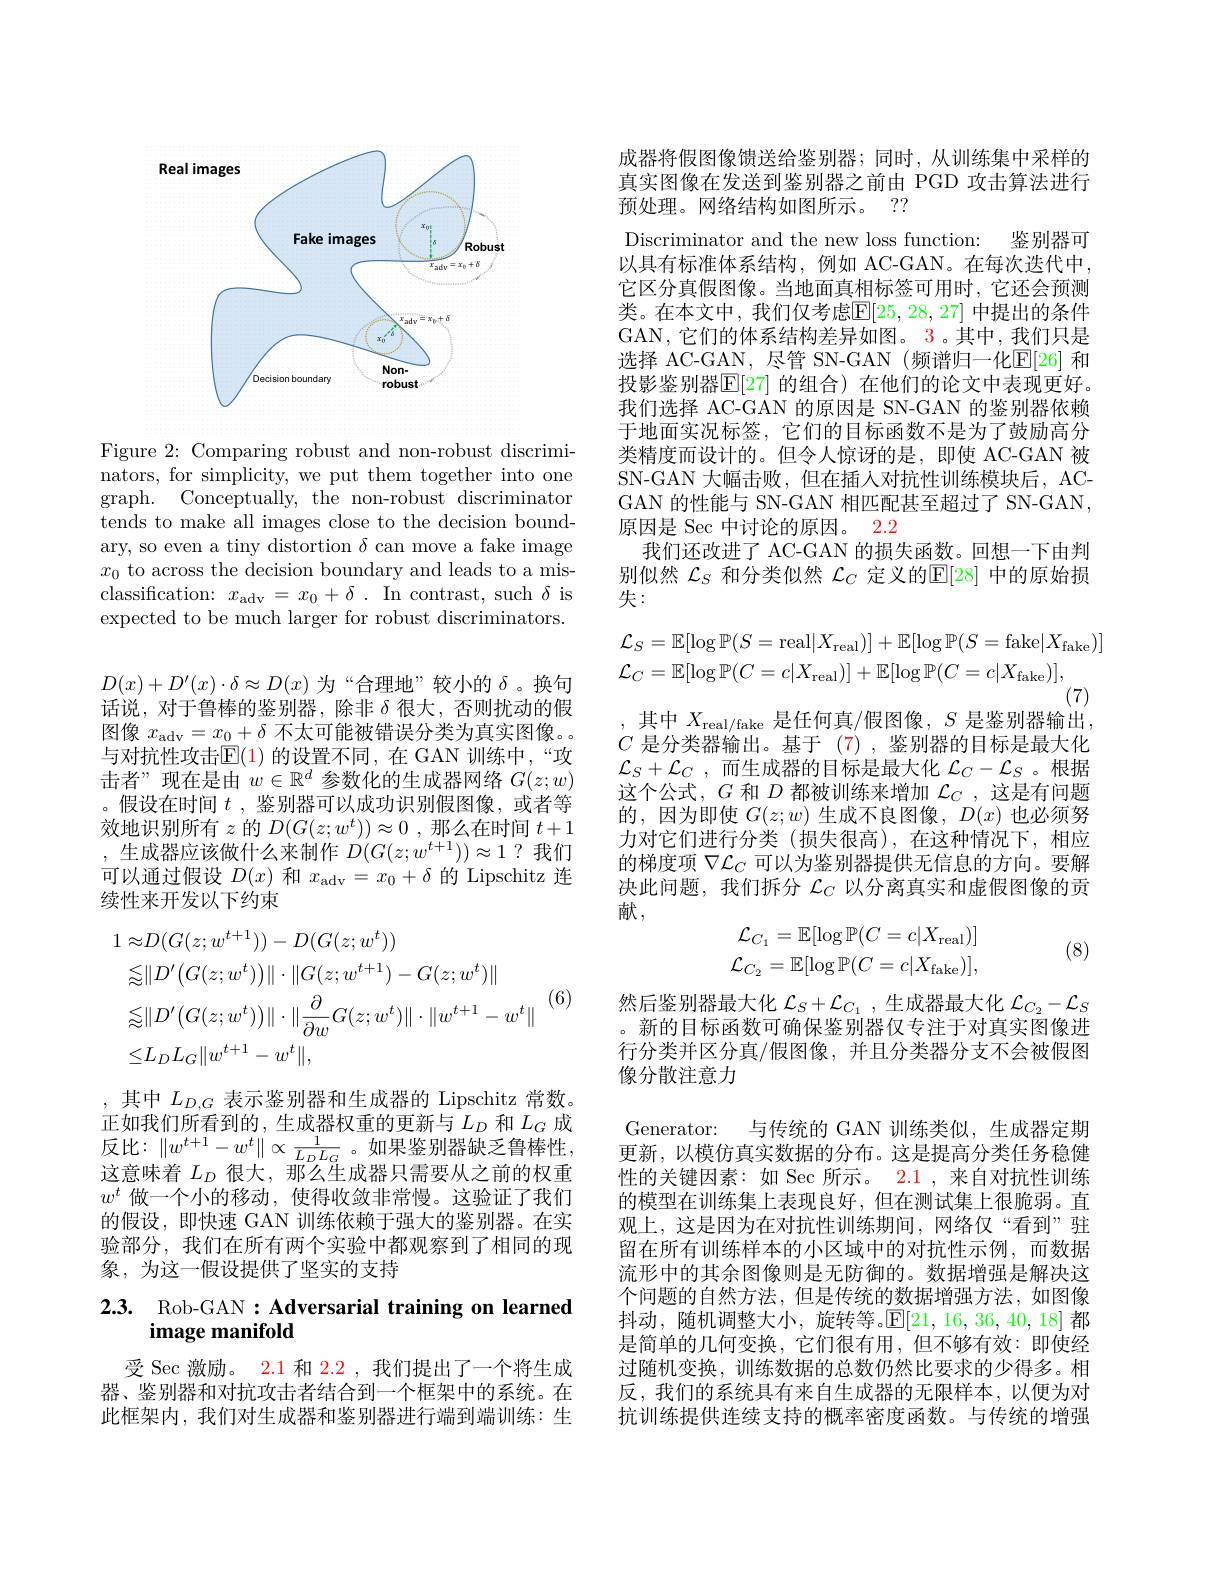
<FigureHere>

Figure 2: Comparing robust and non-robust discriminators, for simplicity, we put them together into one graph. Conceptually, the non-robust discriminator tends to make all images close to the decision boundary, so even a tiny distortion $\delta$ can move a fake image $x_0$ to across the decision boundary and leads to a misclassification: $x_{\mathrm{adv}}=x_0+\delta.$ In contrast, such $\delta$ is expected to be much larger for robust discriminators.

$D(x)+D^{\prime}(x)\cdot\delta\approx D(x)$为“合理地”较小的$\delta$。换句话说，对于鲁棒的鉴别器，除非$\delta$很大，否则扰动的假图像$x_\mathrm{adv}=x_0+\delta$不太可能被错误分类为真实图像。与对抗性攻击$\operatorname{E}(1)$ 的设置不同，在 GAN 训练中，“攻击者”现在是由$w\in\mathbb{R}^d$参数化的生成器网络$G(z;w)$ 。假设在时间$t$ ,鉴别器可以成功识别假图像，或者等效地识别所有$z$的$D(G(z;w^t))\approx0$ ,那么在时间$t+1$ ,生成器应该做什么来制作$D(G(z;w^t+1))\approx1?$我们可以通过假设$D(x)$和$x_\mathrm{adv}=x_0+\delta$的 Lipschitz 连续性来开发以下约束
$$\begin{aligned}\text{1}&\approx D(G(z;w^{t+1}))-D(G(z;w^{t}))\\&\lesssim\|D^{\prime}\big(G(z;w^{t})\big)\|\cdot\|G(z;w^{t+1})-G(z;w^{t})\|\\&\lesssim\|D^{\prime}\big(G(z;w^{t})\big)\|\cdot\|\frac{\partial}{\partial w}G(z;w^{t})\|\cdot\|w^{t+1}-w^{t}\|\\&\leq L_{D}L_{G}\|w^{t+1}-w^{t}\|,\end{aligned}$$
(6)

,其中$L_D,G$表示鉴别器和生成器的 Lipschitz 常数。正如我们所看到的，生成器权重的更新与$L_D$和$L_G$成反 比 $: \| w^{t+ 1}- w^{t}\| \propto \frac 1{L_{D}L_{G}}$ 。如 果 鉴 别 器 缺 乏 鲁 棒 性 , 反 比 $: \| w^{t+ 1}- w^{t}\| \propto \frac 1{L_{D}L_{G}}$ 。如 果 鉴 别 器 缺 乏 鲁 棒 性 , 这意味着$L_D$很大，那么生成器只需要从之前的权重$w^t$做一个小的移动，使得收敛非常慢。这验证了我们的假设，即快速 GAN 训练依赖于强大的鉴别器。在实验部分，我们在所有两个实验中都观察到了相同的现象，为这一假设提供了坚实的支持

# 2.3. Rob-GAN : Adversarial training on learned image manifold

受 Sec 激励。2.1 和$\color{red}{2.2}$,我们提出了一个将生成器、鉴别器和对抗攻击者结合到一个框架中的系统。在此框架内，我们对生成器和鉴别器进行端到端训练：生

成器将假图像馈送给鉴别器；同时，从训练集中采样的真实图像在发送到鉴别器之前由 PGD 攻击算法进行预处理。网络结构如图所示。??
Discriminator and the new loss function: 鉴别器可以具有标准体系结构，例如 AC-GAN。在每次迭代中它区分真假图像。当地面真相标签可用时，它还会预测类。在本文中，我们仅考虑$\mathbb{E}[25,28,27]$ 中提出的条件GAN,它们的体系结构差异如图。3。其中，我们只是选择 AC-GAN, 尽管 SN-GAN (频谱归一化$\mathbb{E}[26]$ 和投影鉴别器$\overline{\mathbb{E}}[27]$ 的组合) 在他们的论文中表现更好。我们选择 AC-GAN 的原因是 SN-GAN 的鉴别器依赖于地面实况标签，它们的目标函数不是为了鼓励高分类精度而设计的。但令人惊讶的是，即使 AC-GAN 被SN-GAN 大幅击败，但在插入对抗性训练模块后，ACGAN 的性能与 SN-GAN 相匹配甚至超过了 SN-GAN, 原因是 Sec 中讨论的原因。2.2
我们还改进了 AC-GAN 的损失函数。回想一下由判别似然$\mathcal{L}_S$和分类似然$\mathcal{L}_C$定义的$\mathbb{E}[28]$中的原始损失：
$$\mathcal{L}_{S}=\mathbb{E}[\log\mathbb{P}(S=\mathrm{real}|X_{\mathrm{real}})]+\mathbb{E}[\log\mathbb{P}(S=\mathrm{fake}|X_{\mathrm{fake}})]\\\mathcal{L}_{C}=\mathbb{E}[\log\mathbb{P}(C=c|X_{\mathrm{real}})]+\mathbb{E}[\log\mathbb{P}(C=c|X_{\mathrm{fake}})],$$
(7)
其中 $X_\mathrm{real/fake}$ 是任何真/假图像，$S$ 是鉴别器输出， $C$是分类器输出。基于 (7),鉴别器的目标是最大化$\mathcal{L}_S+\mathcal{L}_C$ ,而生成器的目标是最大化$\mathcal{L}_C-\mathcal{L}_S$ 。根据这个公式，$G$和$D$都被训练来增加$\mathcal{L}_C$,这是有问题的，因为即使$G(z;w)$生成不良图像，$D(x)$也必须努力对它们进行分类(损失很高),在这种情况下，相应的梯度项$\nabla\mathcal{L}_C$可以为鉴别器提供无信息的方向。要解决此问题，我们拆分$\mathcal{L}_C$以分离真实和虚假图像的贡献，
$$\mathcal{L}_{C_{1}}=\mathbb{E}[\log\mathbb{P}(C=c|X_{\mathrm{real}})]\\\mathcal{L}_{C_{2}}=\mathbb{E}[\log\mathbb{P}(C=c|X_{\mathrm{fake}})],$$
(8)

然后鉴别器最大化$\mathcal{L}_S+\mathcal{L}_{C_1}$,生成器最大化$\mathcal{L}_C_2-\mathcal{L}_S$ 。新的目标函数可确保鉴别器仅专注于对真实图像进行分类并区分真/假图像，并且分类器分支不会被假图像分散注意力

Generator: 与传统的 GAN 训练类似，生成器定期更新，以模仿真实数据的分布。这是提高分类任务稳健性的关键因素：如 Sec 所示。2.1 , 来自对抗性训练的模型在训练集上表现良好，但在测试集上很脆弱。直观上，这是因为在对抗性训练期间，网络仅“看到”驻留在所有训练样本的小区域中的对抗性示例，而数据流形中的其余图像则是无防御的。数据增强是解决这个问题的自然方法，但是传统的数据增强方法，如图像抖动，随机调整大小，旋转等。$\mathbb{E}[21,16,36,40,18]$都是简单的几何变换，它们很有用，但不够有效：即使经过随机变换，训练数据的总数仍然比要求的少得多。相反，我们的系统具有来自生成器的无限样本，以便为对抗训练提供连续支持的概率密度函数。与传统的增强